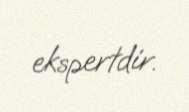
ekspertdir.